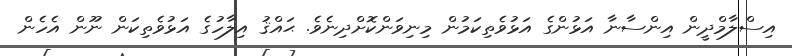
އިސްލާމްދީން އިންސާނާ އަޅުންގެ އަޅުވެތިކަމުން މިނިވަންކޮށްދިނެވެ. ޙައްޤު އިލާހުގެ އަޅުވެތިކަން ނޫން އެހެން